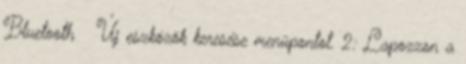
Bluetooth → Új eszközök keresése menüpontot. 2. Lapozzon a